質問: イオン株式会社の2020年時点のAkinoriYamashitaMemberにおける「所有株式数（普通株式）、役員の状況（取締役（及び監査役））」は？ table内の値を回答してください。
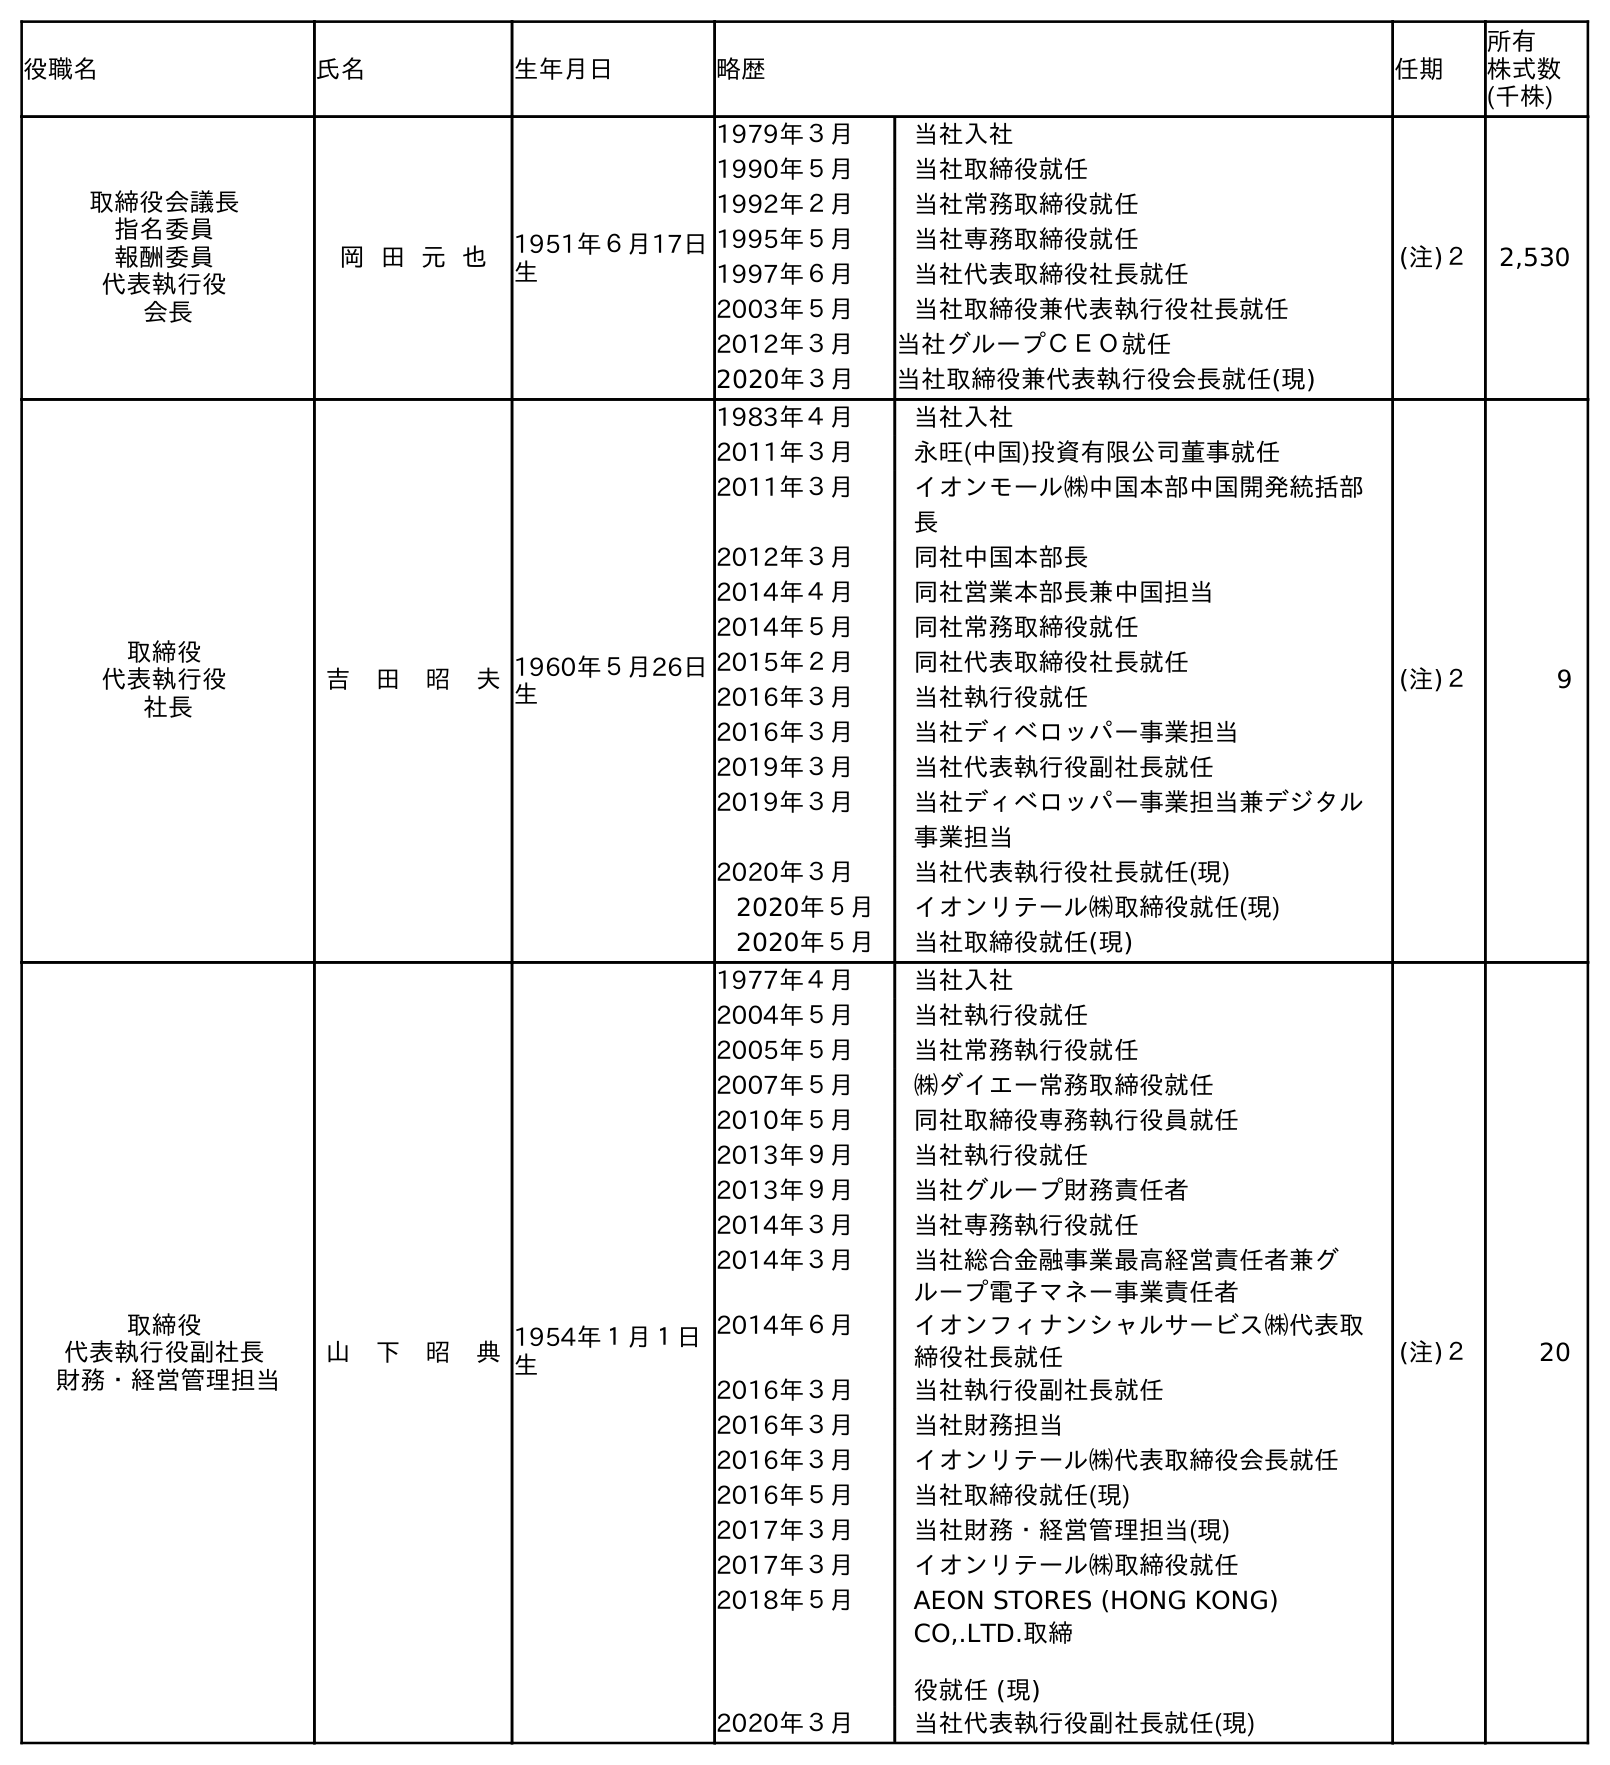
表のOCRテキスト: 役職名 氏名 生年月日 略歴 任期 所有 株式数 (千株) 取締役会議長 指名委員 報酬委員 代表執行役 会長 岡 田 元 也 1951年６月17日 生 1979年３月 当社入社 1990年５月 当社取締役就任 1992年２月 当社常務取締役就任 1995年５月 当社専務取締役就任 1997年６月 当社代表取締役社長就任 2003年５月 当社取締役兼代表執行役社長就任 2012年３月 当社グループＣＥＯ就任 2020年３月 当社取締役兼代表執行役会長就任(現) (注)２ 2,530 取締役 代表執行役 社長 吉 田 昭 夫1960年５月26日 生 1983年４月 当社入社 2011年３月 永旺(中国)投資有限公司董事就任 2011年３月 イオンモール㈱中国本部中国開発統括部 長 2012年３月 同社中国本部長 2014年４月 同社営業本部長兼中国担当 2014年５月 同社常務取締役就任 2015年２月 同社代表取締役社長就任 2016年３月 当社執行役就任 2016年３月 当社ディベロッパー事業担当 2019年３月 当社代表執行役副社長就任 2019年３月 当社ディベロッパー事業担当兼デジタル 事業担当 2020年３月 当社代表執行役社長就任(現) 2020年５月 イオンリテール㈱取締役就任(現) 2020年５月 当社取締役就任(現) (注)２ 9 取締役 代表執行役副社長 財務・経営管理担当 山 下 昭 典1954年１月１日 生 1977年４月 当社入社 2004年５月 当社執行役就任 2005年５月 当社常務執行役就任 2007年５月 ㈱ダイエー常務取締役就任 2010年５月 同社取締役専務執行役員就任 2013年９月 当社執行役就任 2013年９月 当社グループ財務責任者 2014年３月 当社専務執行役就任 2014年３月 当社総合金融事業最高経営責任者兼グ ループ電子マネー事業責任者 2014年６月 イオンフィナンシャルサービス㈱代表取 締役社長就任 2016年３月 当社執行役副社長就任 2016年３月 当社財務担当 2016年３月 イオンリテール㈱代表取締役会長就任 2016年５月 当社取締役就任(現) 2017年３月 当社財務・経営管理担当(現) 2017年３月 イオンリテール㈱取締役就任 2018年５月 AEON STORES (HONG KONG) CO,.LTD.取締 役就任 (現) 2020年３月 当社代表執行役副社長就任(現) (注)２ 20
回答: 20